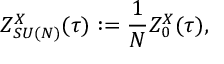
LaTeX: Z _ { S U ( N ) } ^ { X } ( \tau ) : = \frac { 1 } { N } Z _ { 0 } ^ { X } ( \tau ) ,